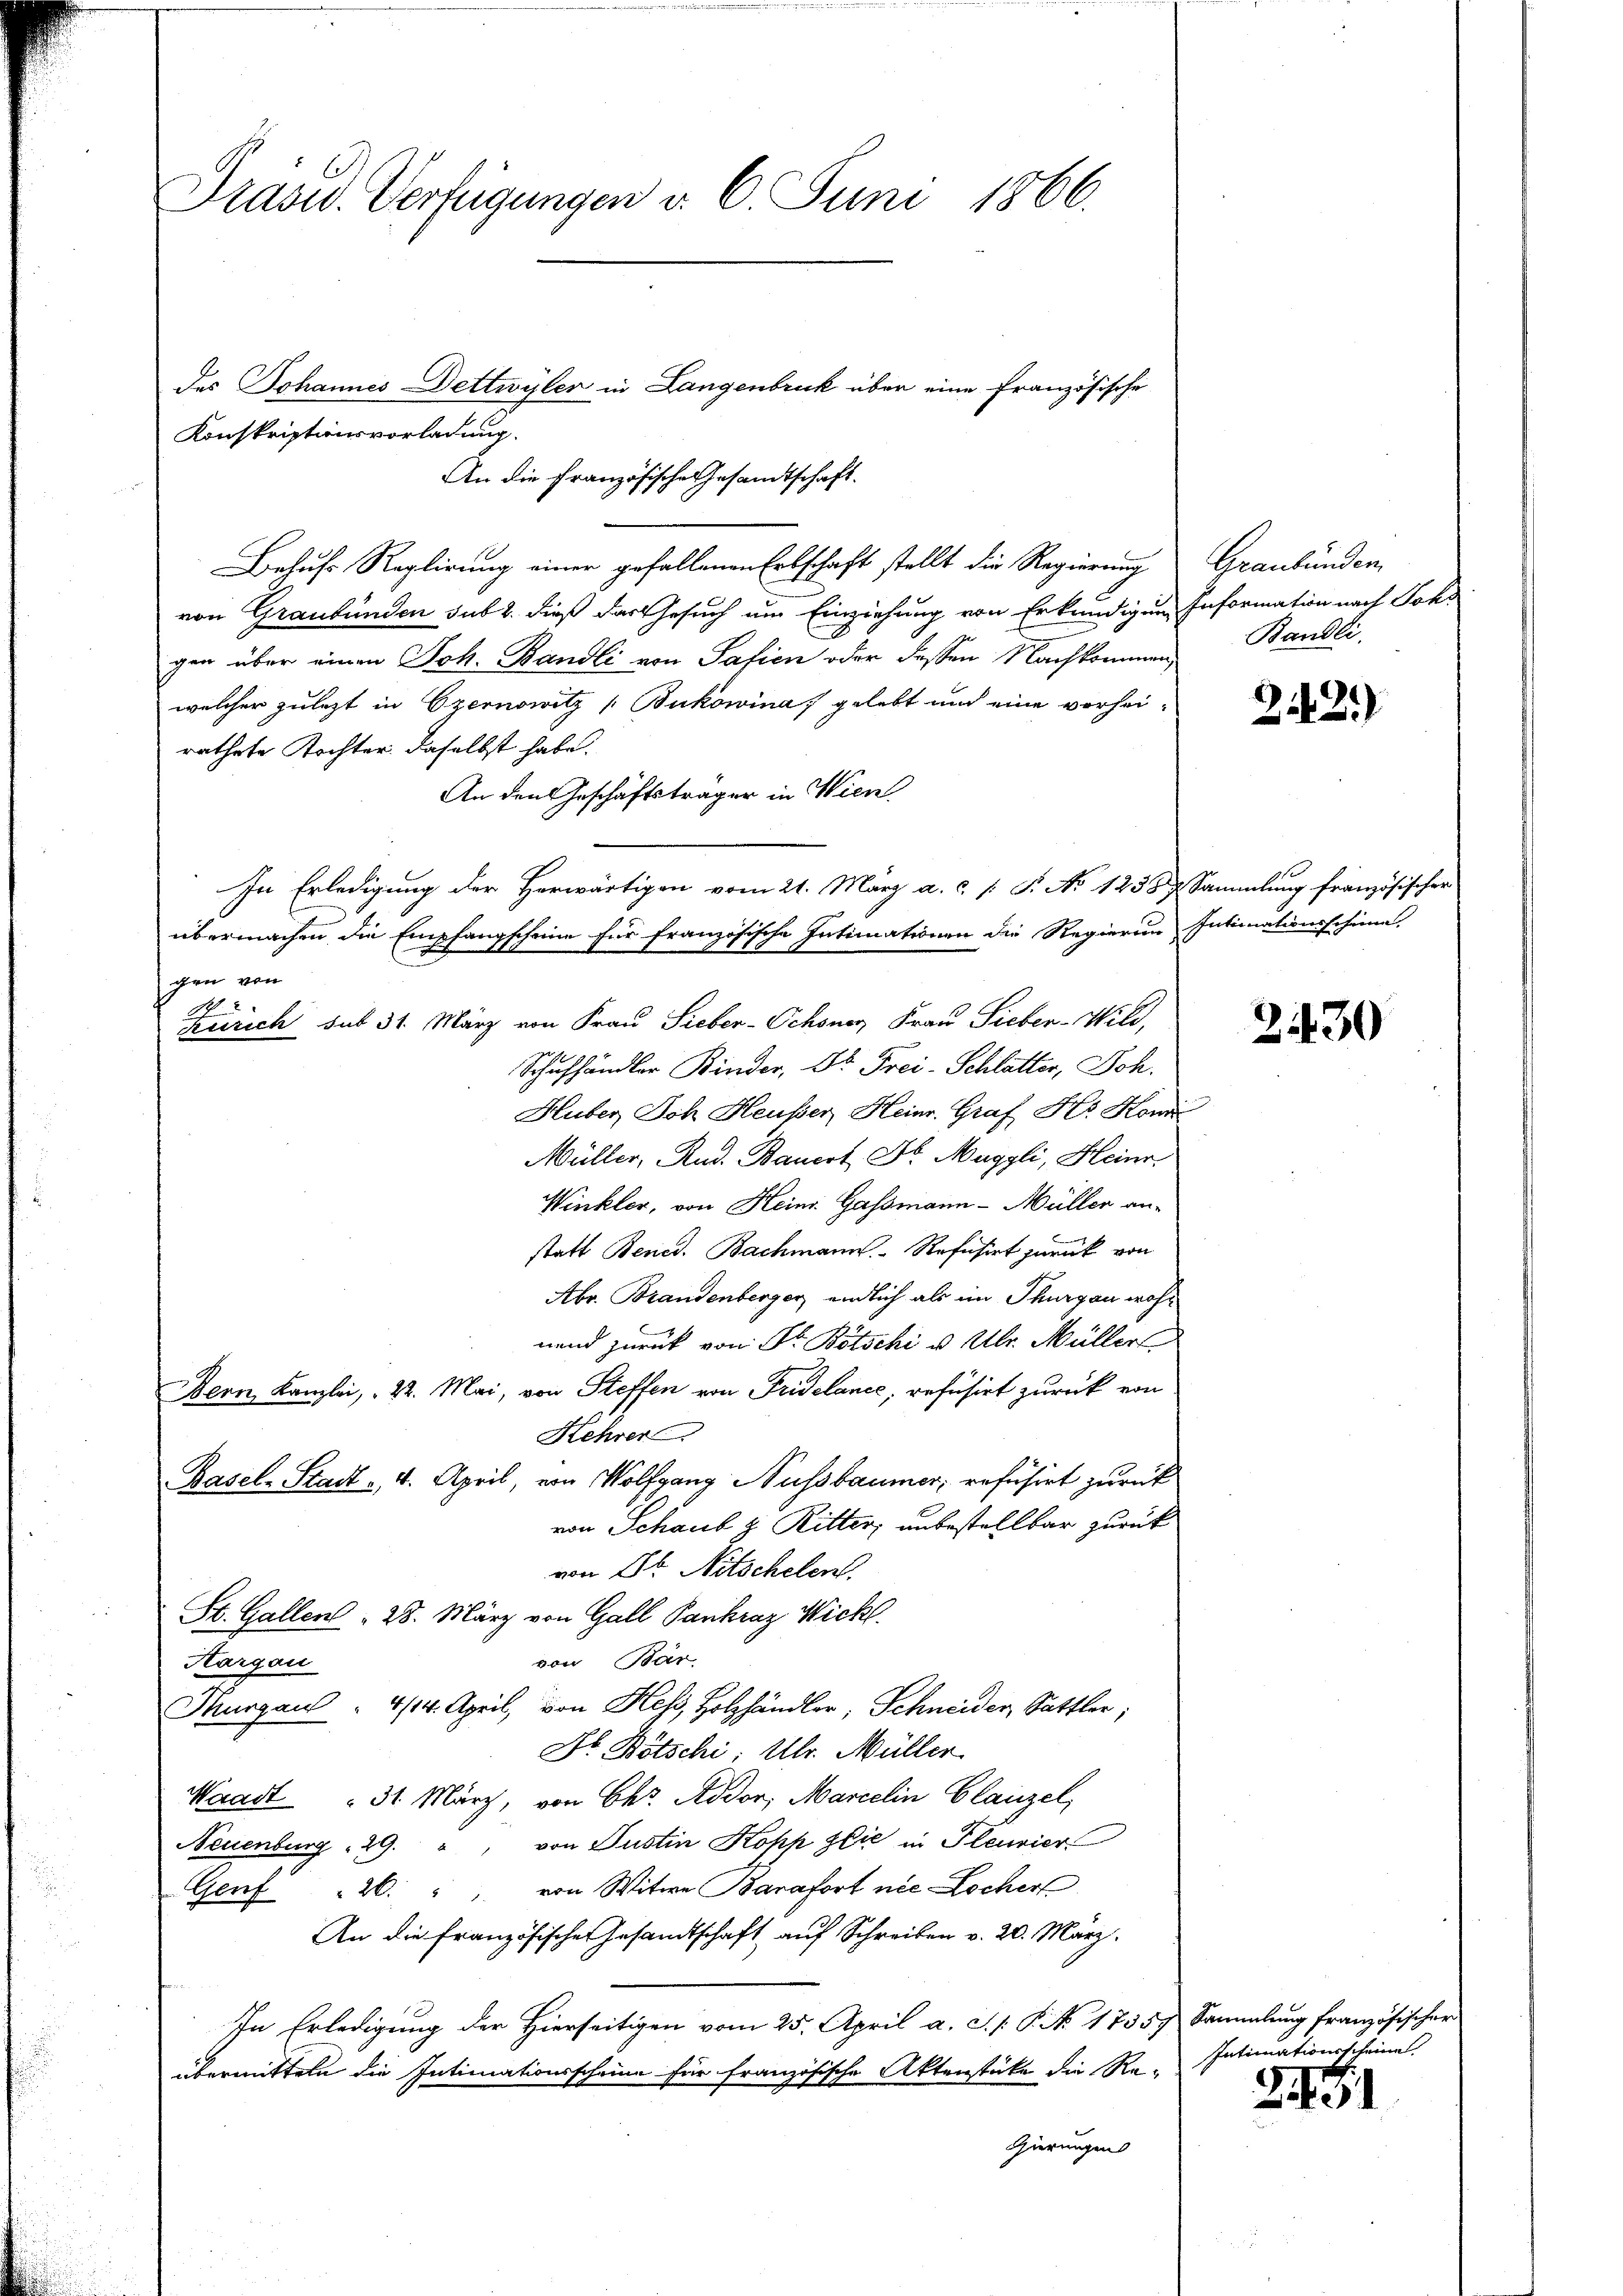
Prasid. Verfügungen v. 6. Juni 1866.

Konskriptionsvorladung.
Behufs Reglirung einer gefallenen Erbschaft stellt die Regierung Graubünden,
E
von Graubünden sub 2. dieß der Gesuch um Einziehung von Erkundigung Information nach Johs
gen über einen Joh. Bandli von Safien oder dessen Nachkommen,
welcher zulezt in Czernowitz (Bukowina gelebt und eine vorhei-
rathete Tochter daselbst habe.
An den Geschäftsträger in Wien
In Erledigung der Herwärtigen vom 21. März a. c. s. S. No 1258 f Sammlung französischer
übermachen die Empfangscheine für französische Intimationen die Regierung Intimationsscheine
gen von
e
Zürich sub 31. März von Frau Sieber-Schöner, Frau Sieber-Wild,
Schulhändler Binder, Dr. Frei-Schlatter, Joh.
Huber, Doh Heußer Heinr. Graf Hs. Kon
Müller, Rud. Bauert Fr. Maggli, Heinr.
Winkler, von Heinr. Gassmann - Müller an-
statt Bened. Bachmann. - Refusirt zurück von
Abr. Brandenberger, endlich als im Thurgau wohnend zurück von Dr Botschi u. Ulr. Müller
Bern, Kanzlei, " 22. Mai, von Steffen von Fridelance, refusirt zurück von
Kehrer
Basel-Stadt - 4. April, von Wolfgang Nussbaumer, refusirt zurück
von Schaub & Ritter, unbestellbar zurück
von Dr. Nitschelen.
St. Gallen 28. März von Gall Pankraz Wickl
von Bar
Hargau
Thurgau " 4/14. April, von Hess, Holzhändler, Schneider, Sattler;
Dr. Bötschi, Ulr. Müller
Waadt " 31. März, von Chr. Addor, Marcelin Glanzel,
Neuenburg 29. " " von Justin Kopp zlić in Pleuvier
Gent 26. von Witwe Barafort nie Locher
An die französische Gesandtschaft auf Schreiben v. 20. März.
In Erledigung der Hierseitigen vom 25. April a. c. s. S. No. 17357 Sammlung französischer
übermitteln die Intimationsscheine für französische Aktenstücke die Re-
gierungen

des Johannes Dettwyler in Langenbruck über eine Französische

An die französische Gesamtschaft.

Bändli

242)

230

Intimationsscheine

2